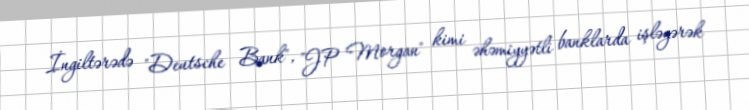
İngiltərədə "Deutsche Bank", "JP Morgan" kimi əhəmiyyətli banklarda işləyərək